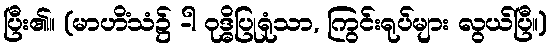
ပြီး၏။ (မာဟိံသံ၌ -ါ ဝုဒ္ဓိပြုရုံသာ, ကြွင်းရုပ်များ လွယ်ပြီ။)